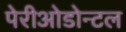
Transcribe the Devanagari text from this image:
पेरीओडोन्टल